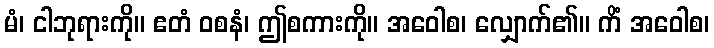
မံ၊ ငါဘုရားကို။ ဧတံ ဝစနံ၊ ဤစကားကို။ အဝေါစ၊ လျှောက်၏။ ကိံ အဝေါစ၊